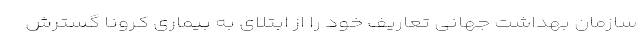
سازمان بهداشت جهانی تعاریف خود را از ابتلای به بیماری کرونا گسترش